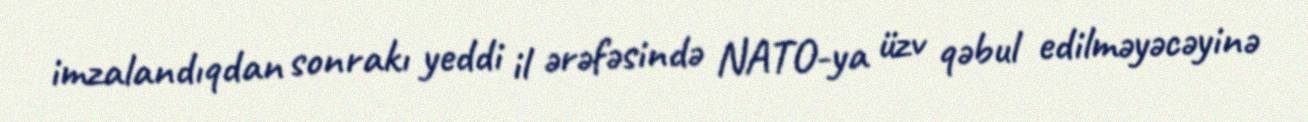
imzalandıqdan sonrakı yeddi il ərəfəsində NATO-ya üzv qəbul edilməyəcəyinə